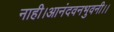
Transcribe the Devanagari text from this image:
नाही।आनंदवनभुवनी।।